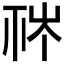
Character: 𥙏